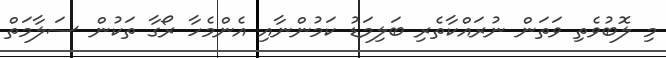
މި ލޮބުވެތި ވަތަން ނުރައްކާތެރި ބަލިމަޑު ކަމުންނާއި އެންމެހާ ރޯގާ ތަކުން ސަލާމަތް